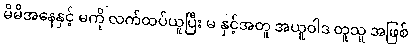
မိမိအနေနှင့် မကို လက်ထပ်ယူပြီး မ နှင့်အတူ အယူဝါဒ တူသူ အဖြစ်